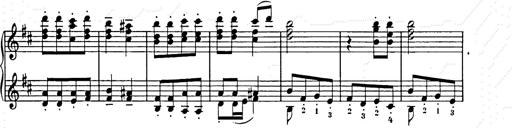
Title: Weihnachtsbaum
Composer: Franz Liszt